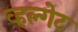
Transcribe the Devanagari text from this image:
व्हल्गेट